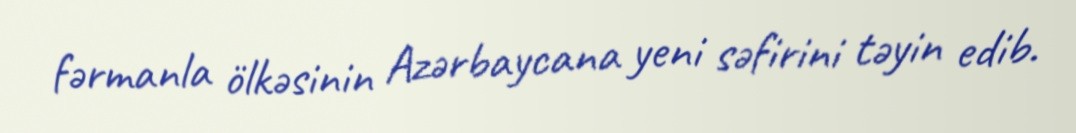
fərmanla ölkəsinin Azərbaycana yeni səfirini təyin edib.